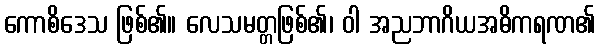
ကောစိဒေသ ဖြစ်၏။ လေသမတ္တဖြစ်၏၊ ဝါ အညဘာဂိယအဓိကရဏ၏